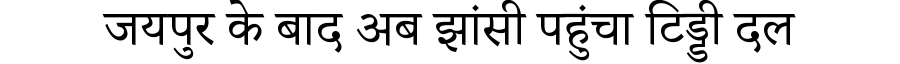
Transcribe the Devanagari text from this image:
जयपुर के बाद अब झांसी पहुंचा टिड्डी दल